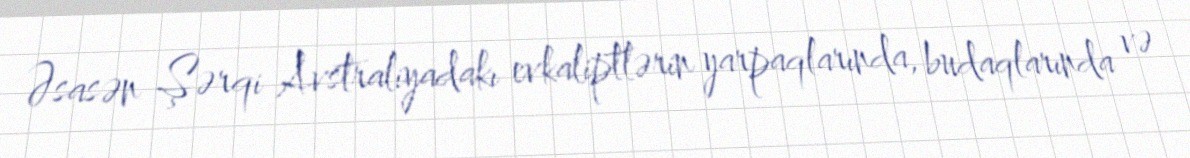
Əsasən Şərqi Avstraliyadakı evkaliptlərin yarpaqlarında, budaqlarında və